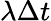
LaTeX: \lambda\Delta t